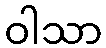
ဝါသာ